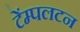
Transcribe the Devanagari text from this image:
टेंम्पलटन